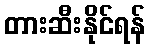
တားဆီးနိုင်ရန်